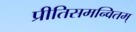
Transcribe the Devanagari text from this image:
प्रीतिसमन्वितम्